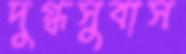
দুগ্ধসুবাস